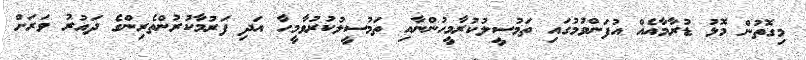
މިގޮތުން މޮޅު ޑުރާމާއެއް އުފަންވުމުގައި ތަމުސީލުކުރާމީހުންނާއި ތަމުސީލުކުރުވާމީހާ އަދި ފަރުމާކުރުންތެރިންގެ ދައުރު ވަރަށް